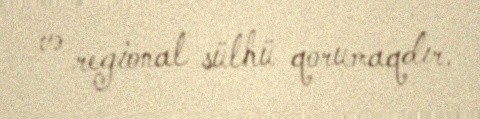
və regional sülhü qorumaqdır.